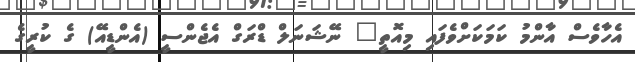
އެހާވެސް އާންމު ކަމަކަށްވެފައި މިއޮތީ" ނޭޝަނަލް ޑްރަގް އެޖެންސީ (އެންޑީއޭ) ގެ ކުރީގެ